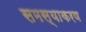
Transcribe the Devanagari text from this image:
समस्याकरण